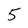
Character: 5